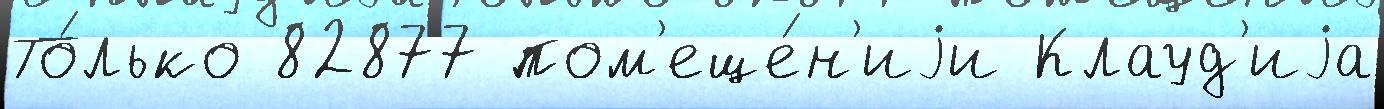
То́лько 82877 пом'еще́н'иjи Клауд'иjа